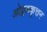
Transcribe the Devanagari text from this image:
ओट्टककूत्तन